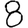
Digit: 8